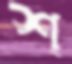
শ্